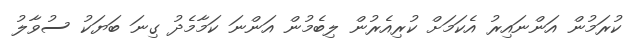
ކުރަމުން އަންނައިރު އެކަމަށް ކުރިއެރުން ލިބެމުން އަންނަ ކަމާމެދު ގިނަ ބަޔަކު ސުވާލު